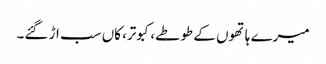
میرے ہاتھوں کے طوطے، کبوتر، کاں سب اڑ گئے۔